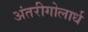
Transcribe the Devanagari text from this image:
अंतरीगोलार्ध